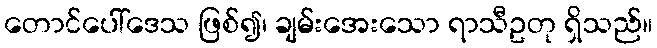
တောင်ပေါ်ဒေသ ဖြစ်၍၊ ချမ်းအေးသော ရာသီဥတု ရှိသည်။